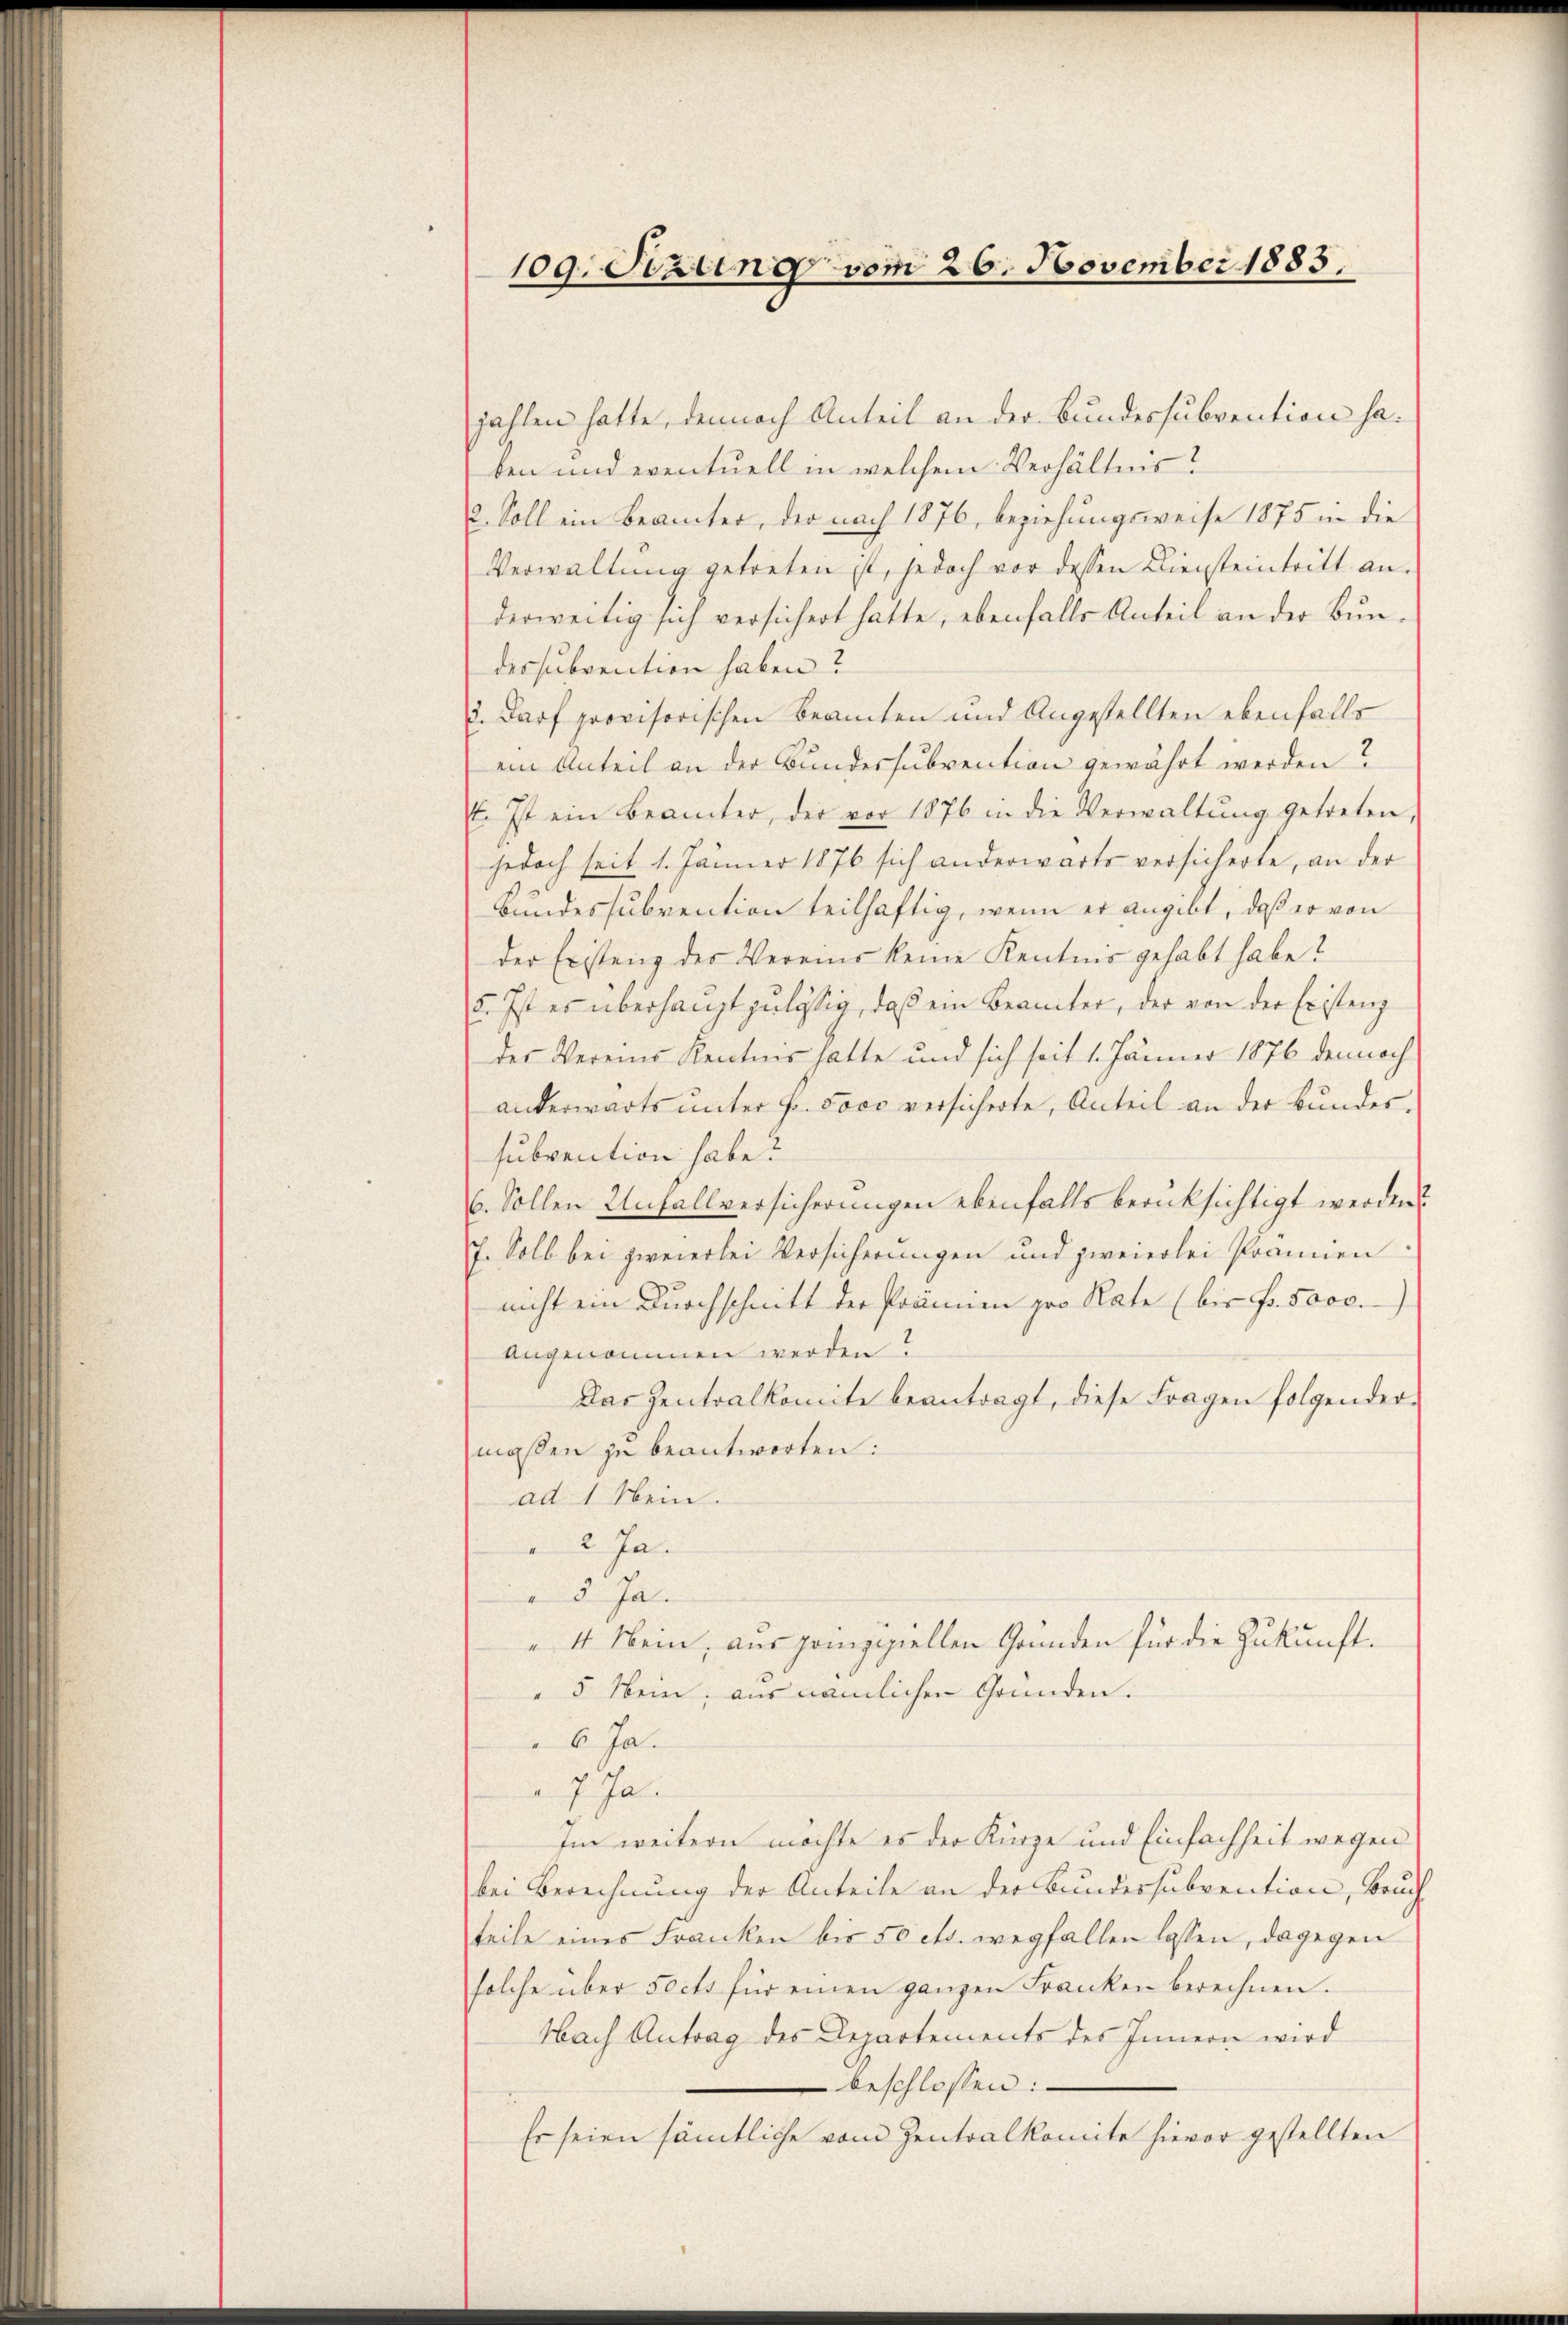
109. Setzung vom 26. November 1885.

zahlen hatte, demnach Anteil an der Bundessubvention haben und eventuell in welchem Verhältnis?
2. Soll ein Beamter, der nach 1876, beziehungsweise 1875 in die
Verwaltung getreten ist, jedoch vor dessen Diensteintritt an.
derweitig sich versichert hatte, ebenfalls Anteil an der Bundessubvention haben?
2. Darf provisorischen Beamten und Angestellten ebenfalls
ein Anteil an der Bundessubvention gewährt werden?
E. Ist ein Beamter, der vor 1876 in die Verwaltŭng getreten,
jedoch seit 1. Jänner 1876 sich anderwärts versicherte, an der
Bundessubvention teilhaftig, wenn er angibt, daß er von
der Existenz des Vereins keine Kentnis gehabt habe?
5. Ist es überhaupt zulässig, daß ein Beamter, der von der Existenz
des Vereins Kentnis hatte und sich seit 1. Jänner 1876 dennoch
anderwärts unter Fr. 5000 versicherte, Anteil an der Bundessubvention habe?
66. Sollen Unfallversicherungen ebenfalls berüksichtigt werden?
7. Soll bei zweierlei Versicherungen und zweierlei Prämien
nicht ein Durchschnitt der Prämien pro Rate (bis Fr. 5000.-)
angenommen werden?
Das Zentralkomite beantragt, diese Fragen folgender-
maßen zu beantworten:
ad 1. Nein.
 2 Ja.
 5. Ja.
4 Nein, aus prinzipiellen Gründen für die Zukunft.
5 Nein, aus nämlichen Gründen.
 6 Ja
 7. Ja.
Im weitern möchte es der Kürze und Einfachheit wegen
bei Berechnung der Anteile an der Bundessubvention, Bruch
teile eines Franken bis 50 cts. wegfallen lassen, dagegen
solche über Forts für einen ganzen Franken berechnen.
Nach Antrag des Departements des Innern wird
beschlossen:
Es seien sämtliche vom Zentralkomite hievor gestellten